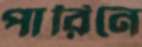
পারিনে